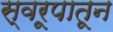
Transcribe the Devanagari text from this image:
स्वरूपातून